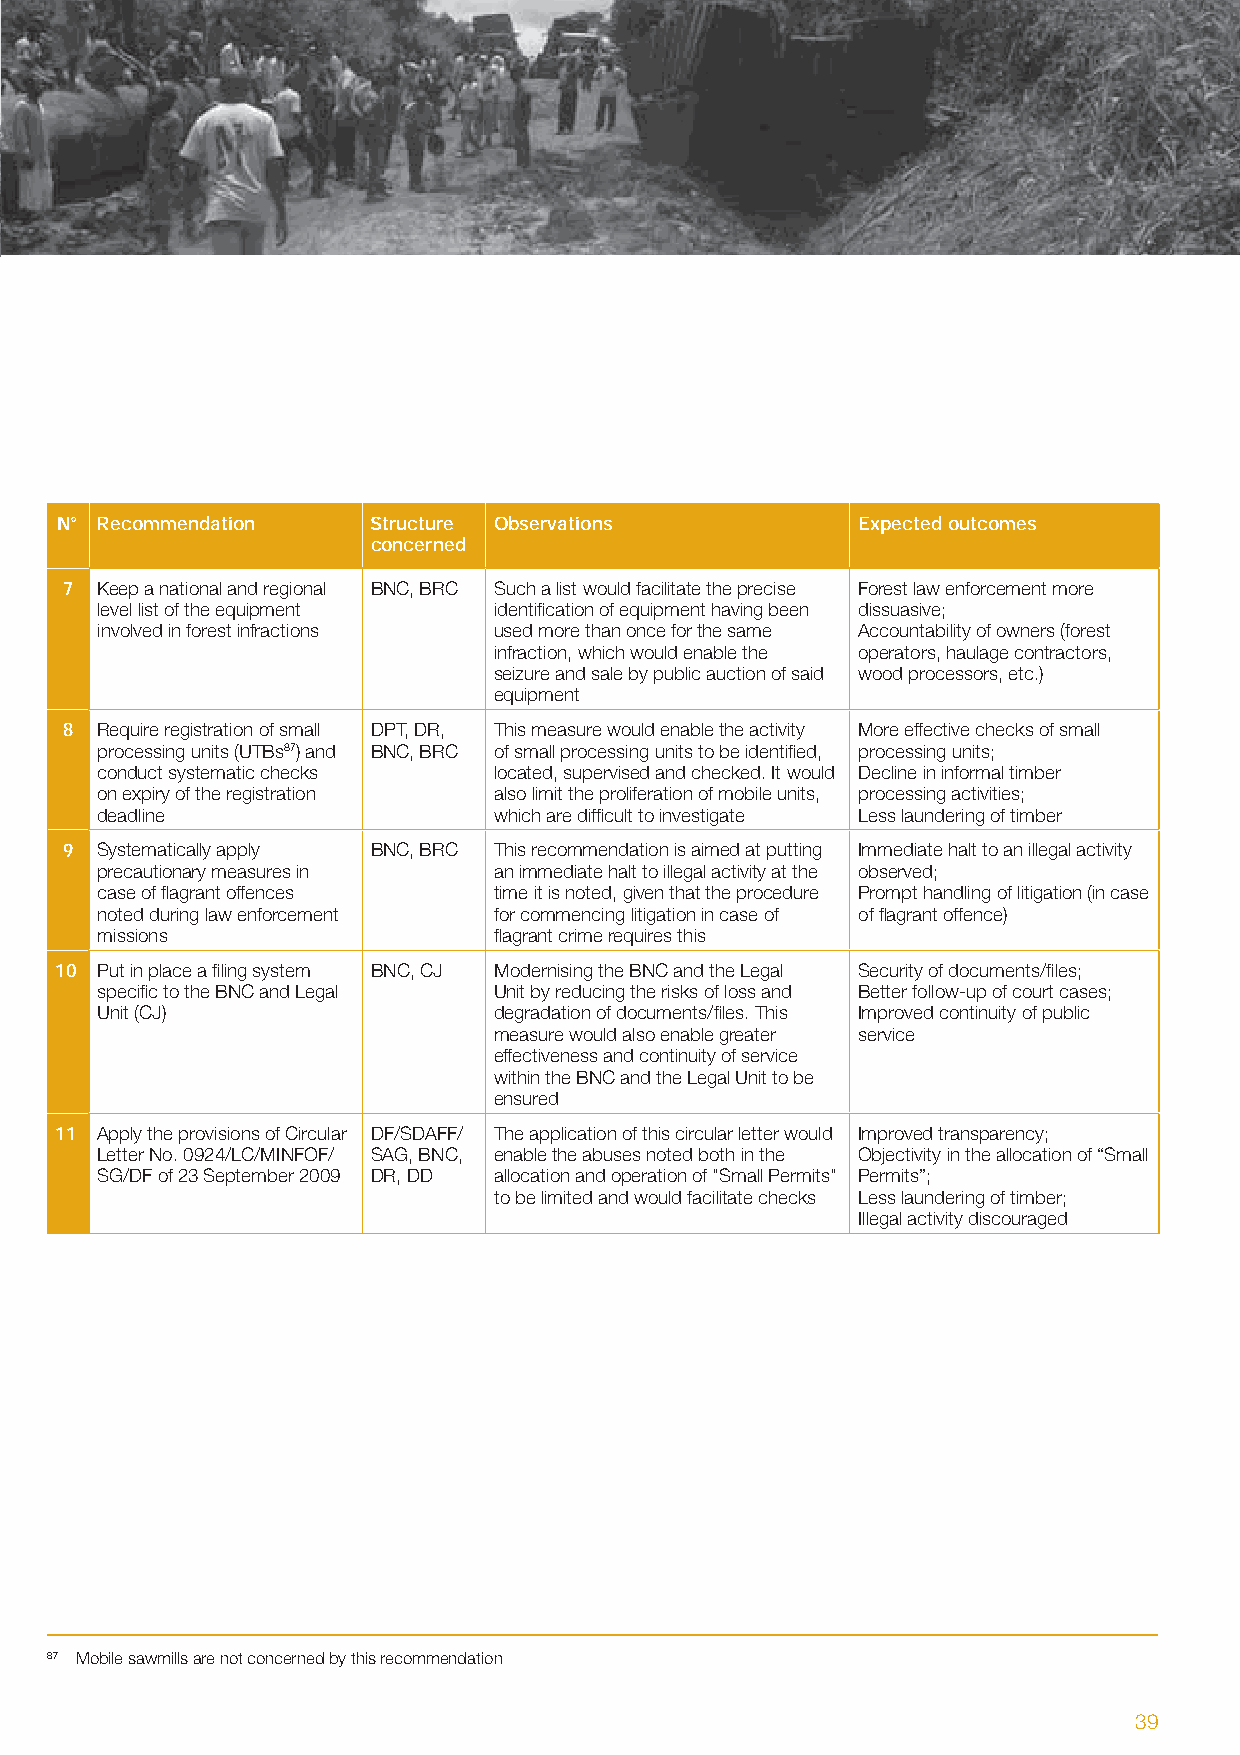
N° Recommendation    Structure Observations          Expected outcomes
 concerned
 7 Keep a national and regional BNC, BRC Such a list would facilitate the precise Forest law enforcement more
 level list of the equipment identifi cation of equipment having been dissuasive;
 involved in forest infractions used more than once for the same Accountability of owners (forest
 infraction, which would enable the operators, haulage contractors,
 seizure and sale by public auction of said wood processors, etc.)
 equipment
 8 Require registration of small DPT, DR, This measure would enable the activity More effective checks of small
 processing units (UTBs87) and BNC, BRC of small processing units to be identifi ed, processing units;
 conduct systematic checks  located, supervised and checked. It would Decline in informal timber
 on expiry of the registration also limit the proliferation of mobile units, processing activities;
 deadline                   which are diffi cult to investigate Less laundering of timber
 9 Systematically apply BNC, BRC This recommendation is aimed at putting Immediate halt to an illegal activity
 precautionary measures in  an immediate halt to illegal activity at the observed;
 case of fl agrant offences time it is noted, given that the procedure Prompt handling of litigation (in case
 noted during law enforcement for commencing litigation in case of of fl agrant offence)
 missions                   fl agrant crime requires this
 10 Put in place a fi ling system BNC, CJ Modernising the BNC and the Legal Security of documents/fi les;
 specifi c to the BNC and Legal Unit by reducing the risks of loss and Better follow-up of court cases;
 Unit (CJ)                  degradation of documents/fi les. This Improved continuity of public
 measure would also enable greater service
 effectiveness and continuity of service
 within the BNC and the Legal Unit to be
 ensured
 11 Apply the provisions of Circular DF/SDAFF/ The application of this circular letter would Improved transparency;
 Letter No. 0924/LC/MINFOF/ SAG, BNC, enable the abuses noted both in the Objectivity in the allocation of “Small
 SG/DF of 23 September 2009 DR, DD allocation and operation of "Small Permits" Permits”;
 to be limited and would facilitate checks Less laundering of timber;
 Illegal activity discouraged
 87 Mobile sawmills are not concerned by this recommendation
 39